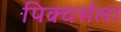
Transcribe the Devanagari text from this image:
पिक्चर्सला